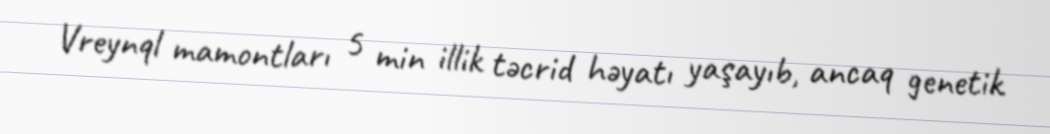
Vreynql mamontları 5 min illik təcrid həyatı yaşayıb, ancaq genetik